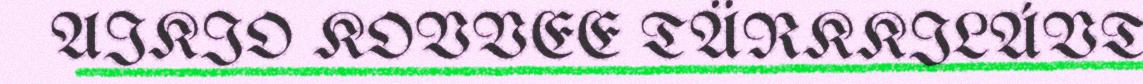
AIKIO KOVVEE TÄRKKILÁVT